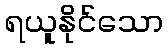
ရယူနိုင်သော